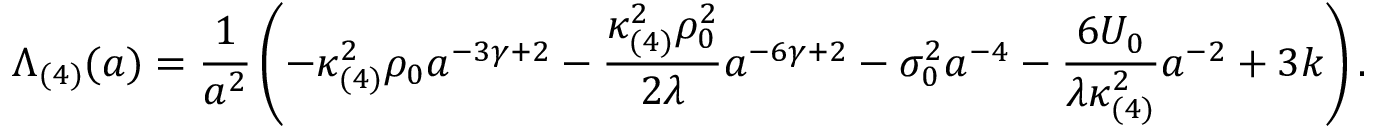
\Lambda _ { ( 4 ) } ( a ) = \frac { 1 } { a ^ { 2 } } \left( - \kappa _ { ( 4 ) } ^ { 2 } \rho _ { 0 } a ^ { - 3 \gamma + 2 } - \frac { \kappa _ { ( 4 ) } ^ { 2 } \rho _ { 0 } ^ { 2 } } { 2 \lambda } a ^ { - 6 \gamma + 2 } - \sigma _ { 0 } ^ { 2 } a ^ { - 4 } - \frac { 6 { \cal U } _ { 0 } } { \lambda \kappa _ { ( 4 ) } ^ { 2 } } a ^ { - 2 } + 3 k \right) .